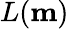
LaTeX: L(\mathbf{m})